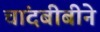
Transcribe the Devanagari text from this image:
चांदबीबीने